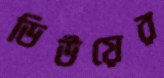
ডিউয়ের